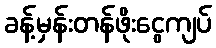
ခန့်မှန်းတန်ဖိုးငွေကျပ်